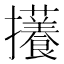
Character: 𪯃